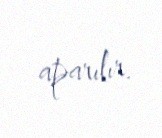
aparılır.